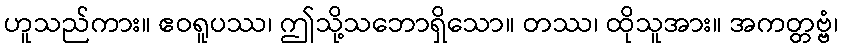
ဟူသည်ကား။ ဧဝရူပဿ၊ ဤသို့သဘောရှိသော။ တဿ၊ ထိုသူအား။ အကတ္တဗ္ဗံ၊